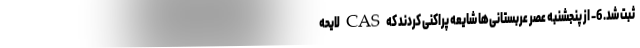
ثبت شد. 6- از پنجشنبه عصر عربستانی‌ها شایعه پراکنی کردند که CAS لایحه